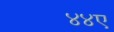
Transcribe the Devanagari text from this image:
४४ए